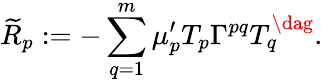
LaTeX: {\widetilde{R}}_{p}:=-\sum_{q=1}^{m}\mu_{p}^{\prime}T_{p}\Gamma^{pq}T_{q}^{\dag}.